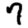
Digit: 7